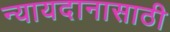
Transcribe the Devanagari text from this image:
न्यायदानासाठी